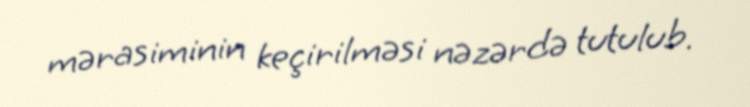
mərasiminin keçirilməsi nəzərdə tutulub.